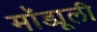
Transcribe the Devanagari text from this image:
मॉड्यूली